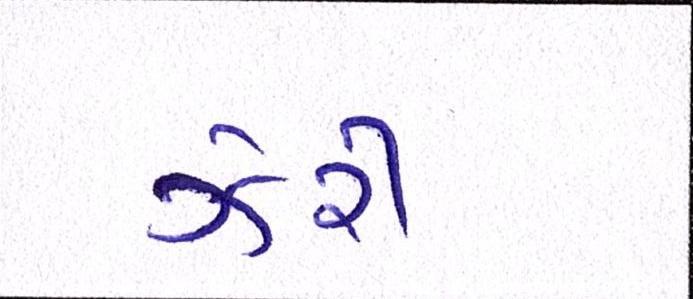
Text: ઝેરી